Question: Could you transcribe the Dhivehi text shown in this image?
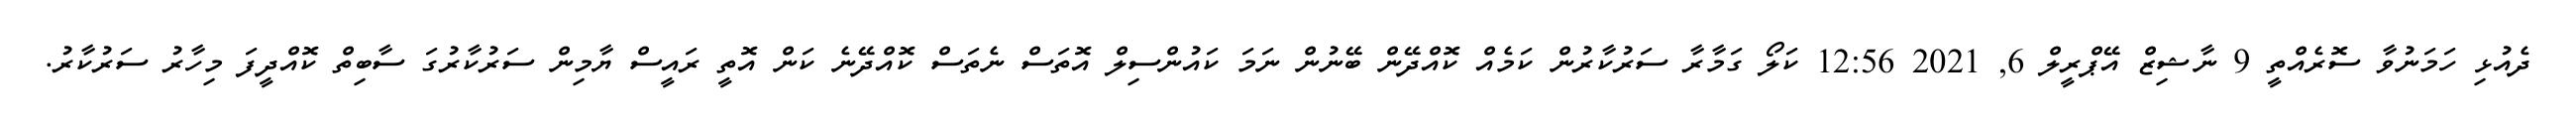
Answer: ދެއުޅި ހަމަނުވާ ސޮރެއްތީ 9 ނާޝިޒް އޭޕްރީލް 6, 2021 12:56 ކަލޯ ގަމާރާ ސަރުކާރުން ކަމެއް ކޮއްދޭން ބޭނުން ނަމަ ކައުންސިލް އޮތަސް ނެތަސް ކޮއްދޭނެ ކަން އޮތީ ރައީސް ޔާމިން ސަރުކާރުގަ ސާބިތް ކޮއްދީފަ މިހާރު ސަރުކާރު.